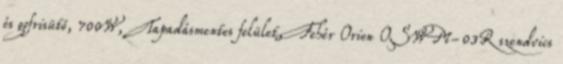
és gofrisütő, 700W, Tapadásmentes felület, Fehér Orion OSWM-03R szendvics